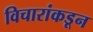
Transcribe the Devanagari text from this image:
विचारांकडून